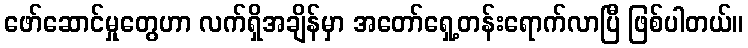
ဖော်ဆောင်မှုတွေဟာ လက်ရှိအချိန်မှာ အတော်ရှေ့တန်းရောက်လာပြီ ဖြစ်ပါတယ်။